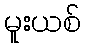
မူးယစ်